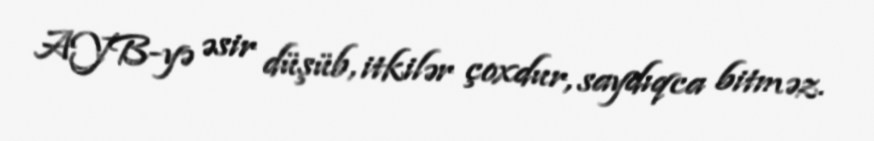
AYB-yə əsir düşüb, itkilər çoxdur, saydıqca bitməz.